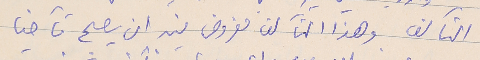
التآلف وهذا التآلف مفروض فيه ان يصبح تآخيا